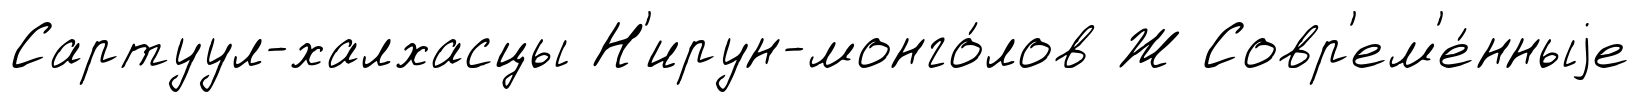
Сартуул-халхасцы Н'ирун-монго́лов Ж Совр'ем'е́нныjе